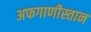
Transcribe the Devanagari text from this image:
अफगाणीस्तान